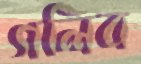
গলিব